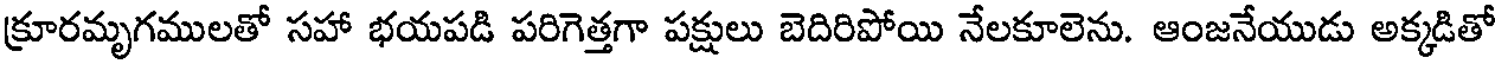
క్రూరమృగములతో సహా భయపడి పరిగెత్తగా పక్షులు బెదిరిపోయి నేలకూలెను. ఆంజనేయుడు అక్కడితో